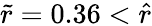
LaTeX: \tilde{r}=0.36<\hat{r}